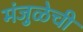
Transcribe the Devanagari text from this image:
मंजुळेची